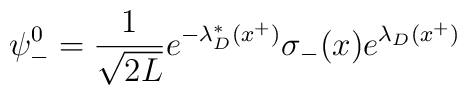
\psi_-^0 = {1\over\sqrt{2L}} e^{-\lambda_D^*(x^+)}\sigma_-(x)e^{\lambda_D(x^+)}